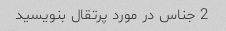
2 جناس در مورد پرتقال بنویسید